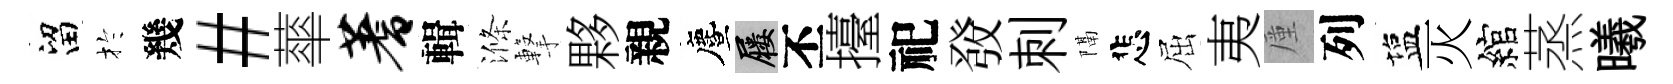
留扵幾#蕐蓍輯滌撃夥親󵨌屨丕擡祀𤼲刺隔悲屈夷厪列塩灭綰蒸曦